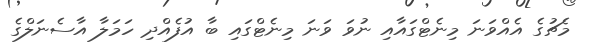
މެޗުގެ އެއްވަނަ މިނެޓްގައާއި ނުވަ ވަނަ މިނެޓްގައި ބާ އުފެއްދި ހަމަލާ އާސެނަލްގެ